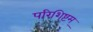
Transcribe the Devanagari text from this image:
परिशिष्टम्